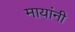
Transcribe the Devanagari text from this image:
मायांनी